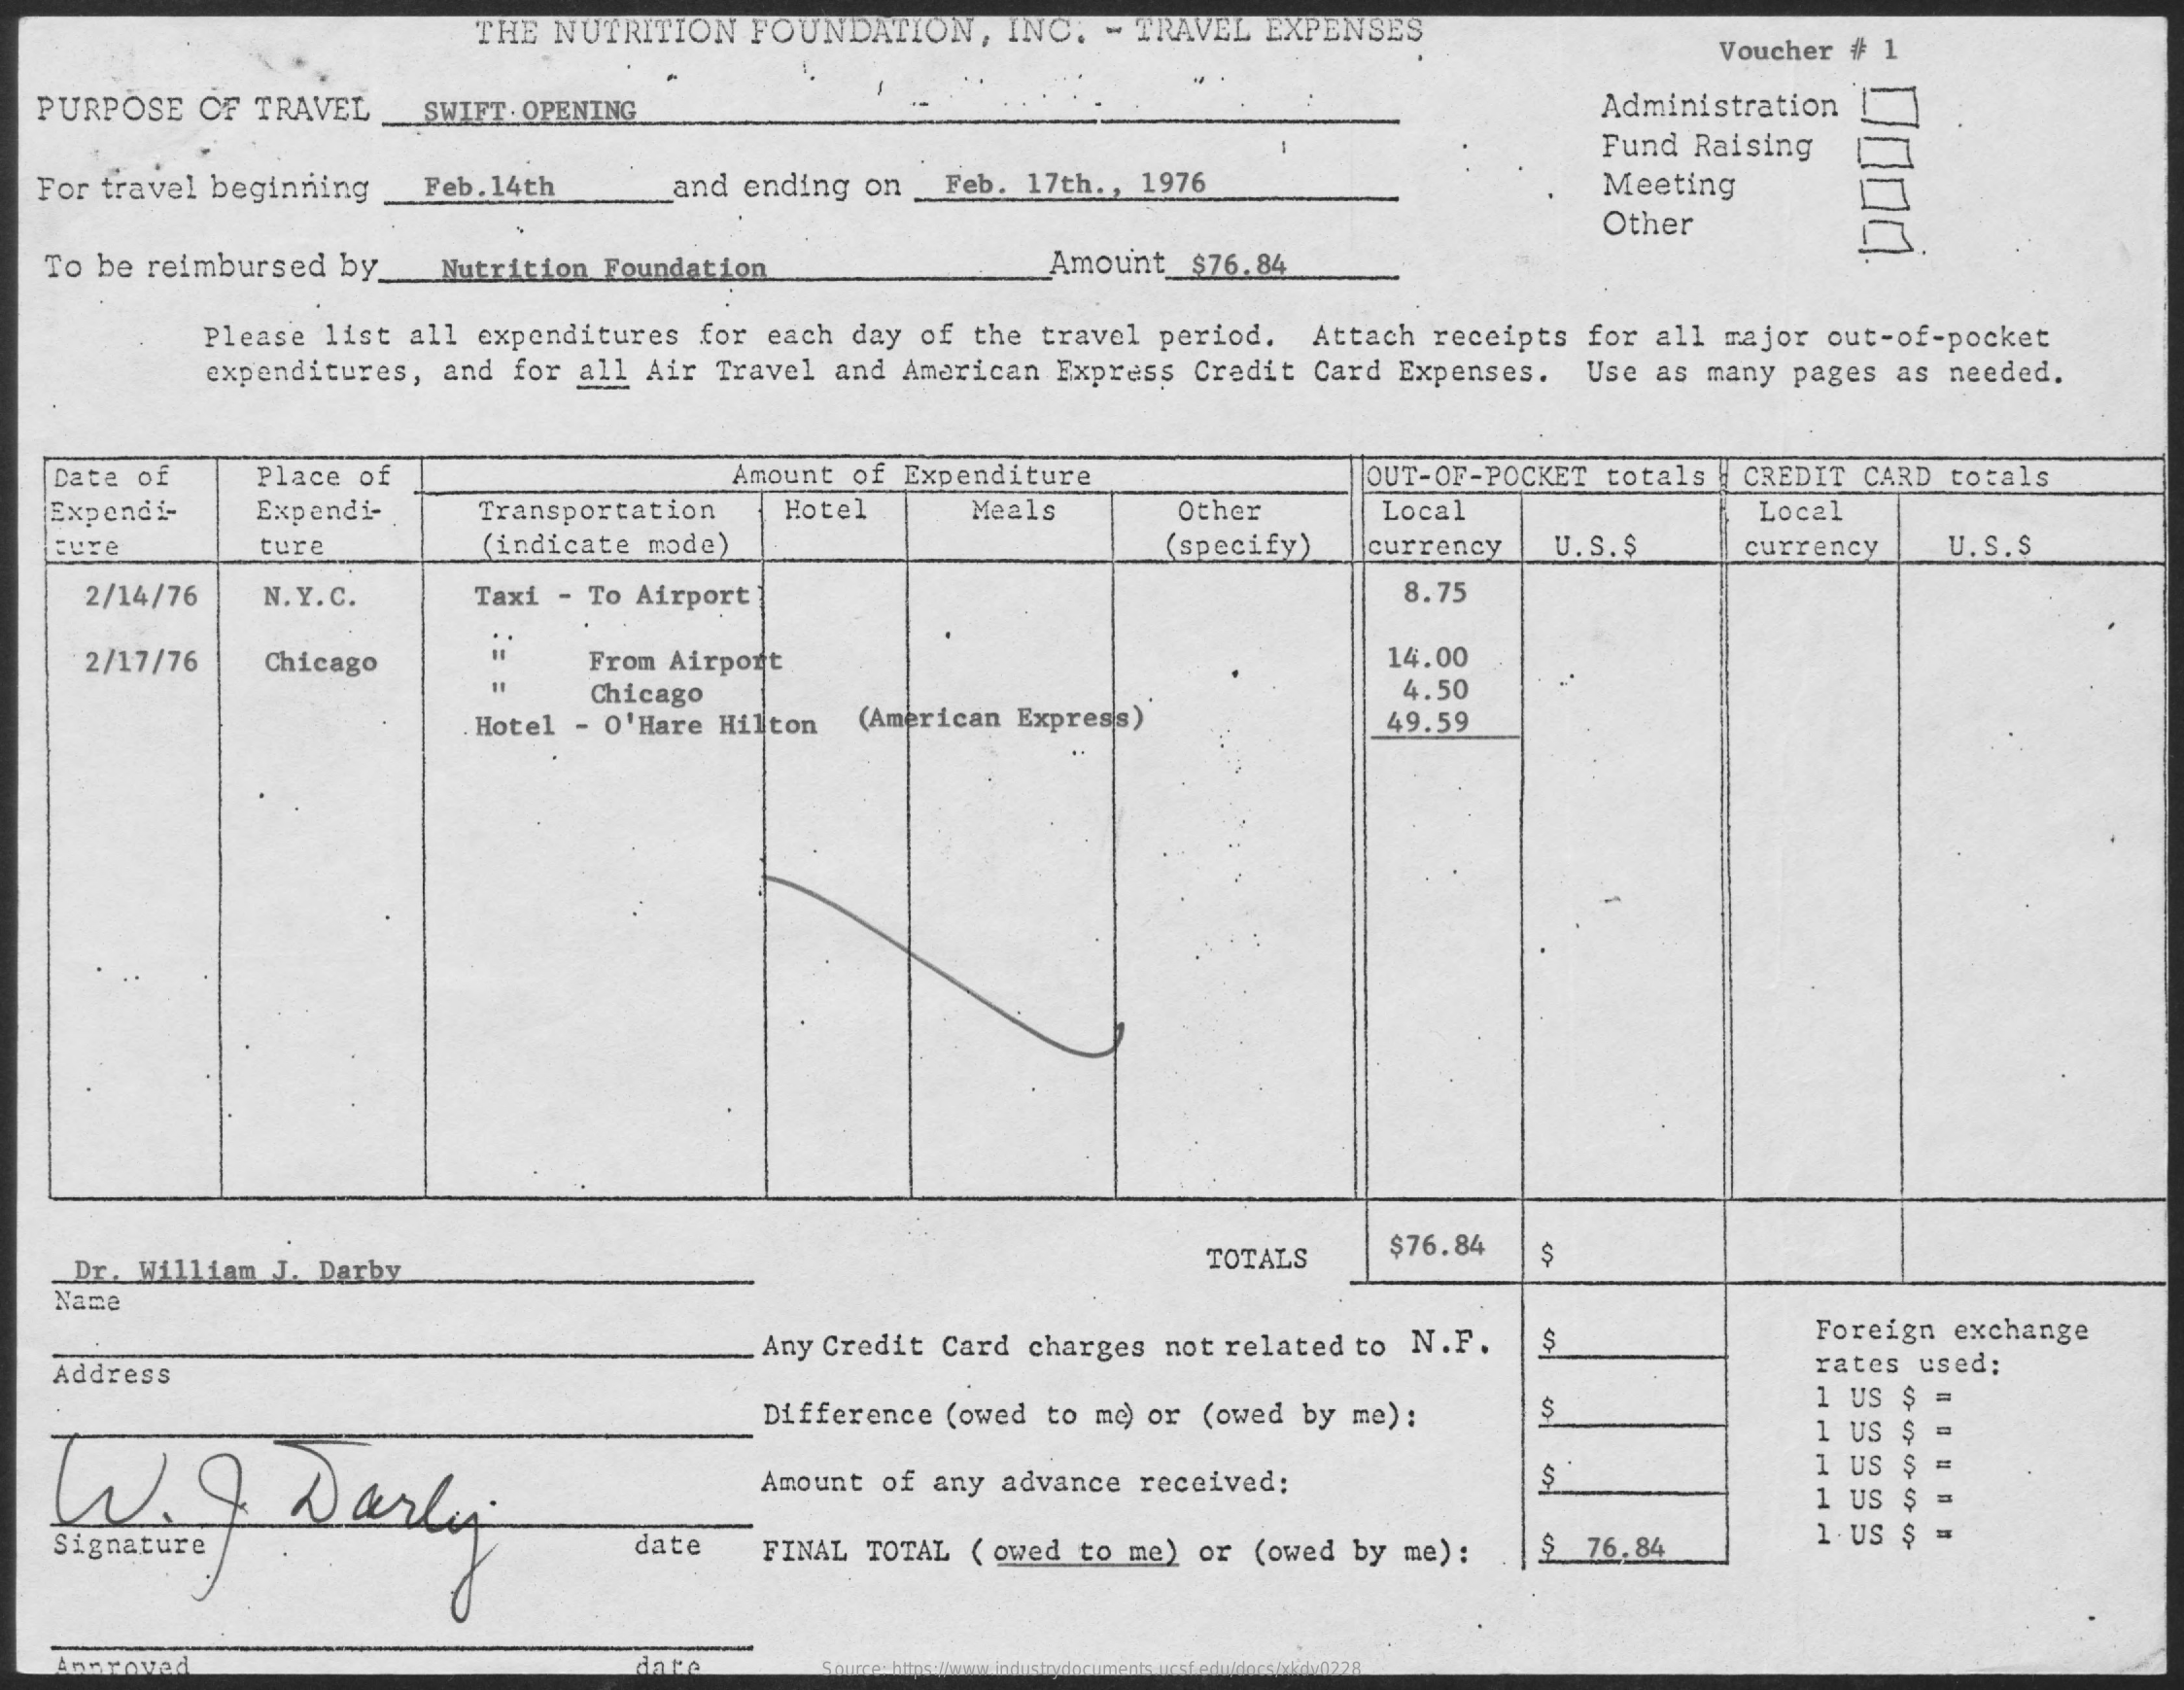
THE NUTRITION FOUNDATION , INC. - TRAVEL EXPENSES
     Voucher # 1
  PURPOSE OF TRAVEL . SWIFT. OPENING    Administration
     Fund Raising
  For travel beginning Feb. 14th and ending on _Feb. 17th ., 1976    Meeting
     Other
   To be reimbursed by_Nutrition Foundation    Amount_$76.84
     Please list all expenditures for each day of the travel period. Attach receipts for all major out-of-pocket
     expenditures, and for all Air Travel and American Express Credit Card Expenses. Use as many pages as needed.
   Date of   Place of    Amount of Expenditure    OUT-OF-POCKET totals | CREDIT CARD totals
   Expendi-  Expandi-   Transportation Hotel    Meals    Other    Local    Local
   ture    ture    (indicate mode)    (specify) currency U.S. Ş    currency U.S.S
    2/14/76  N. Y. C.  Taxi - To Airport    8.75
     2/17/76 Chicago    From Airport    14.00
     Chicago    4.50
     Hotel - O'Hare Hilton (American Express)    49.59
    Dr. William J. Darby    TOTALS   $76.84
   Name
     Foreign exchange
   Address
     Any Credit Card charges not related to N.F.
     rates used:
     Difference (owed to me) or (owed by me) : $
     1 US $
   W.G    Darling
     1 US $
     Amount of any advance received:    $
     1 US
     S
   Signature    date  FINAL TOTAL ( owed to me) or (owed by me): $ 76.84
     1 US $ -
     date    Source: https://www.industrydocuments.ucsf.edu/docs/xkdv0228